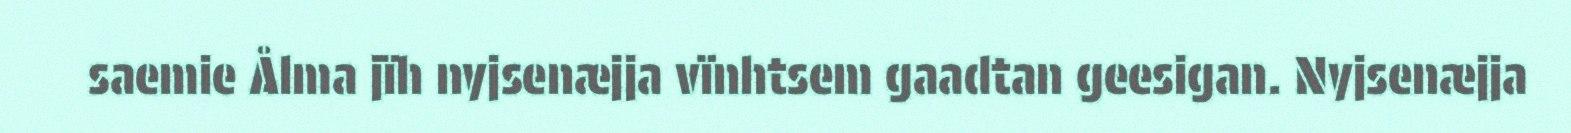
saemie Ålma jïh nyjsenæjja vïnhtsem gaadtan geesigan. Nyjsenæjja